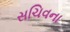
સચિવના